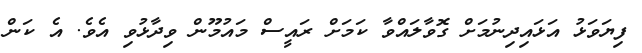
ފިޔަވަޅު އަޅައިދިނުމަށް ގޮވާލައްވާ ކަމަށް ރައީސް މައުމޫން ވިދާޅުވި އެވެ. އެ ކަން